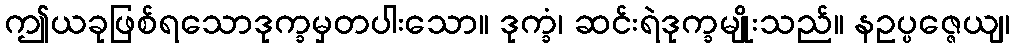
ဤယခုဖြစ်ရသောဒုက္ခမှတပါးသော။ ဒုက္ခံ၊ ဆင်းရဲဒုက္ခမျိုးသည်။ နဥပ္ပဇ္ဇေယျ၊